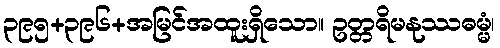
၃၉၅+၃၉၆+အမြင်အထူးရှိသော။ ဥတ္တရိမနုဿဓမ္မံ၊